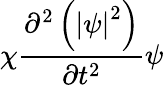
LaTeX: \chi\frac{\partial^{2}\left(\left|\psi\right|^{2}\right)}{\partial t^{2}}\psi